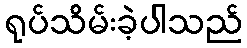
ရုပ်သိမ်းခဲ့ပါသည်